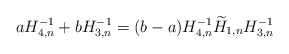
\begin{align*} aH_{4,n}^{-1}+bH_{3,n}^{-1}=(b-a)H_{4,n}^{-1}\widetilde H_{1,n}H_{3,n}^{-1}\end{align*}